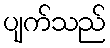
ပျက်သည်